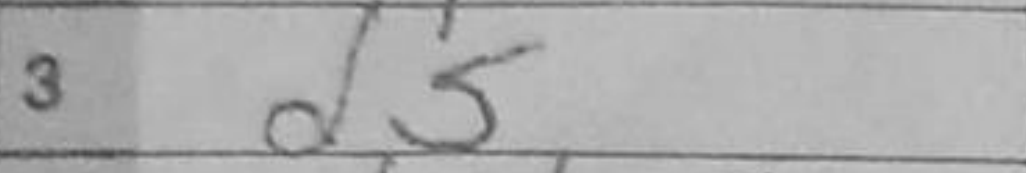
Transcription: d5